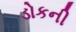
ડોકની